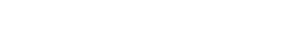
တဆိတ်လောက်အားကိုးပါရစေဗျာ